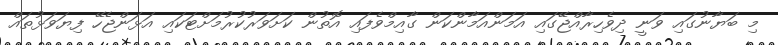
މި ބަޔާނުގައި ވަނީ ދިވެހިރާއްޖޭގައި އަމަންއަމާންކަން ގާއިމްވެފައި އޮތުން ކަށަވަރުކުރުމަށްޓަކައި އަޅަންޖެހޭ ފިޔަވަޅުތައް